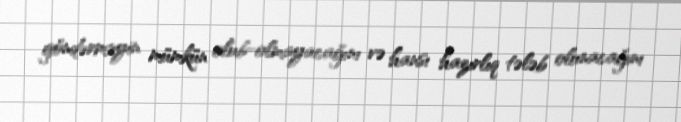
göndərməyin mümkün olub-olmayacağını və hansı hazırlıq tələb olunacağını